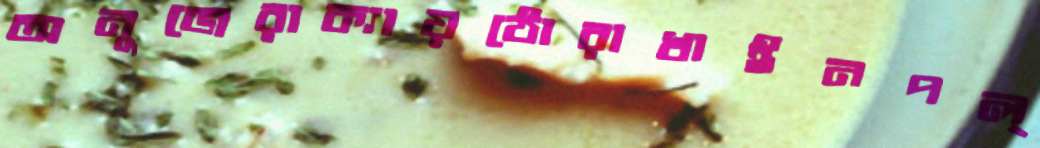
অনুজেরাক্যায়ঠোরাখাইনপল্